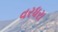
વરધરા